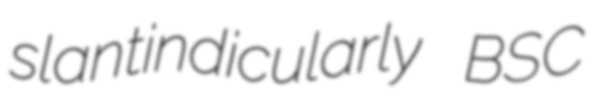
slantindicularly BSC